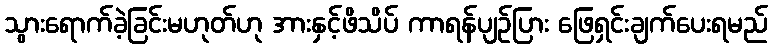
သွားရောက်ခဲ့ခြင်းမဟုတ်ဟု အားနှင့်ဖိသိပ် ကာရန်ပျဉ်ပြား ဖြေရှင်းချက်ပေးရမည်